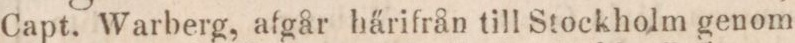
Capt. Warberg, afgår härifrån till Stockholm genom